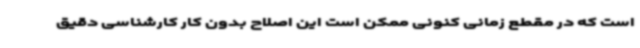
است که در مقطع زمانی کنونی ممکن است این اصلاح بدون کار کارشناسی دقیق